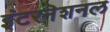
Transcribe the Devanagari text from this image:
इंटरनॆशनल